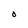
Character: O